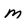
Character: M